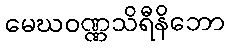
မေဃဝဏ္ဏသိရီနိဘော